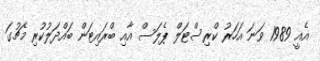
އެއީ 1989 ވަނަ އަހަރު ކްރިސްޓަލް ޕެލަސް އާއި ބްރައިޓަން ބައްދަލުކުރި މެޗުގަ